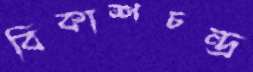
বিকাশচন্দ্র